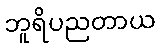
ဘူရိပညတာယ